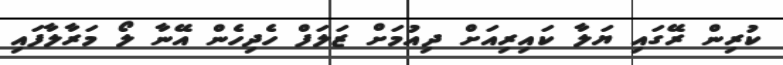
ކުރިން ރޭގައި ޔަލާ ކައިރިއަށް ދިއުމަށް ޒަލަފް ހެދިހެން އޭނާ ލޯ މަރާލާފައި